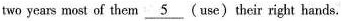
two years most of them \underline{5}(use)their right hands.